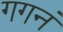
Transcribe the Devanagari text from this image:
गगनं